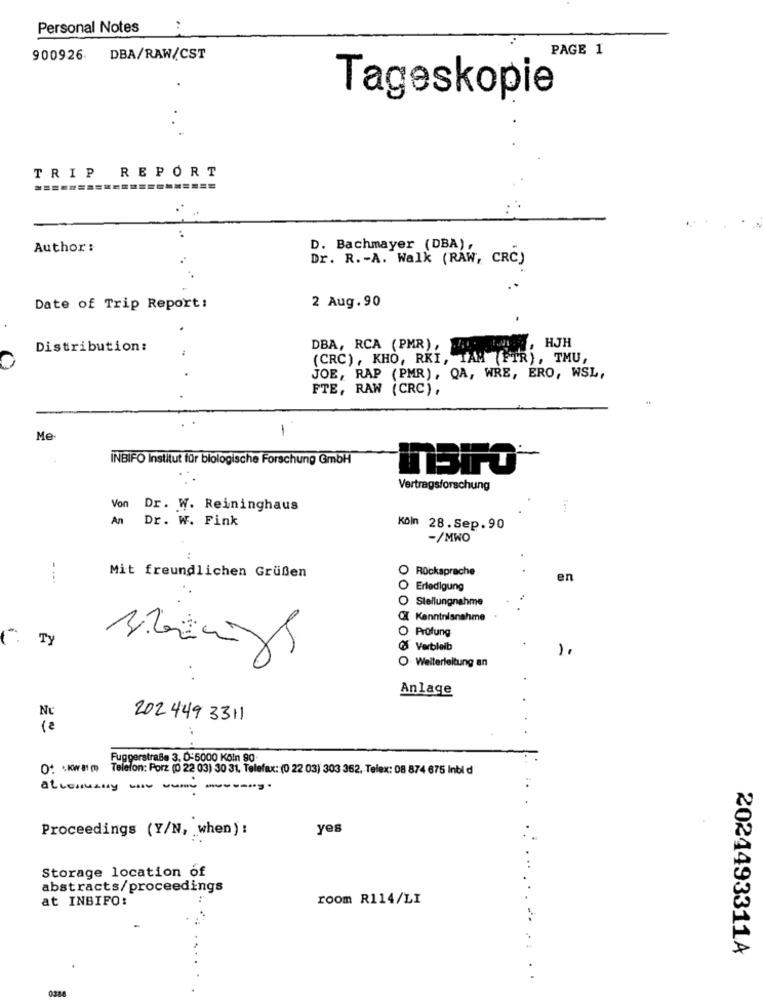
Personal Notes
PAGE 1
900926 DBA/RAW/CST
Tageskopie
TRIP REPORT
Author :
D. Bachmayer (DBA),
Dr. R .- A. Walk (RAW, CRC)
Date of Trip Report:
2 Aug.90
Distribution:
DBA, RCA (PMR) ,
HJH
(CRC) , KHO, RKI, TAM (FTR), TMU,
JOE, RAP (PMR), QA, WRE, ERO, WSL,
FTE, RAW (CRC),
-
Me
INBIFO Institut für biologische Forschung GmbH
Vertragsforschung
Von Dr. W. Reininghaus
Dr. W. Fink
Köln 28.Sep.90
-/MWO
O Rücksprache
Mit freundlichen Grüßen
en
Erledigung
Stellungnahme
CI Kenntnisnahme
O Prüfung
Ty
& Verbleib
1.
O Weiterleitung an
Anlage
Nc
202 449 3311
Fuggerstraße 3. 0-5000 Köln 90
0
Telefon: Porz (0 22 03) 30 31, Telefax: (0 22 03) 303 362. Telex: 08 874 675 Inbl d
Proceedings (Y/N, when) :
yes
Storage location of
abstracts/proceedings
at INBIFO:
room R114/LI
2024493311A